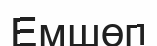
Емшөп